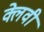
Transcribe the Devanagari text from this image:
क्लेवी